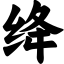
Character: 绛